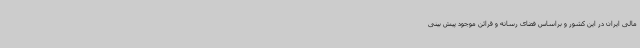
مالی ایران در این کشور و براساس فضای رسانه و قرائن موجود پیش بینی